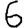
Digit: 6